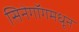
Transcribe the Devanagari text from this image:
सिनेगॉगमधून